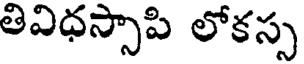
తివిధస్సాపి లోకస్స